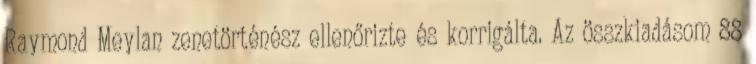
Raymond Meylan zenetörténész ellenőrizte és korrigálta. Az összkiadásom 88